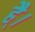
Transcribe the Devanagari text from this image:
है्।